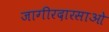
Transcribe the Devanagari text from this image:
जागीरदारसाओ